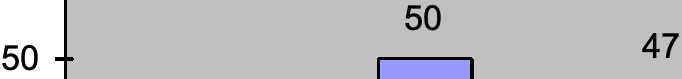
50 47 50